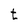
Character: t